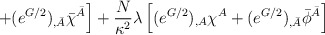
\begin{align*}\left.+(e^{G/2})_{,\bar A} \bar\chi^{\bar A}\right] + \frac{N}{\kappa^2} \lambda \left[ (e^{G/2})_{,A}\chi^A +(e^{G/2})_{,\bar A} \bar\phi^{\bar A} \right]\end{align*}